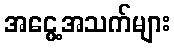
အငွေ့အသက်များ